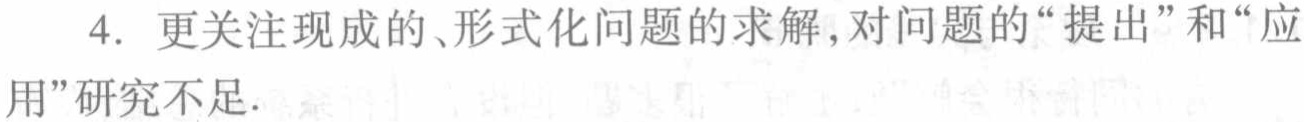
4. 更关注现成的、形式化问题的求解,对问题的“提出”和“应用”研究不足.